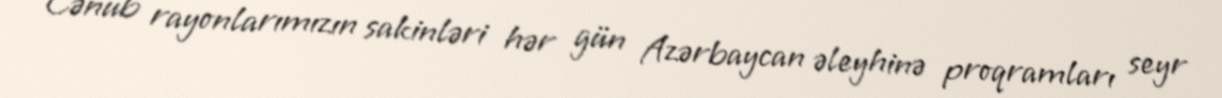
Cənub rayonlarımızın sakinləri hər gün Azərbaycan əleyhinə proqramları seyr